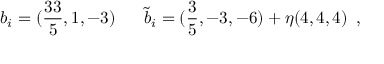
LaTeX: b _ { i } = ( \frac { 3 3 } { 5 } , 1 , - 3 ) \, \, \, \, \, \, \, \, \, \, \tilde { b } _ { i } = ( \frac { 3 } { 5 } , - 3 , - 6 ) + \eta ( 4 , 4 , 4 ) \, \, \, ,